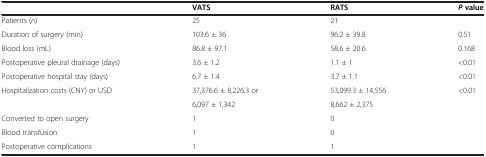
<table><thead><tr><td><b> </b></td><td><b>VATS</b></td><td><b>RATS</b></td><td><b><i>P </i>value</b></td></tr></thead><tbody><tr><td>Patients (<i>n</i>)</td><td>25</td><td>21</td><td> </td></tr><tr><td>Duration of surgery (min)</td><td>103.6 ± 36</td><td>96.2 ± 39.8</td><td>0.51</td></tr><tr><td>Blood loss (mL)</td><td>86.8 ± 97.1</td><td>58.6 ± 20.6</td><td>0.168</td></tr><tr><td>Postoperative pleural drainage (days)</td><td>3.6 ± 1.2</td><td>1.1 ± 1</td><td>&lt;0.01</td></tr><tr><td>Postoperative hospital stay (days)</td><td>6.7 ± 1.4</td><td>3.7 ± 1.1</td><td>&lt;0.01</td></tr><tr><td rowspan="2">Hospitalization costs (CNY) or USD</td><td>37,376.6 ± 8,226.3 or</td><td>53,099.3 ± 14,556</td><td rowspan="2">&lt;0.01</td></tr><tr><td>6,097 ± 1,342</td><td>8,662 ± 2,375</td></tr><tr><td>Converted to open surgery</td><td>1</td><td>0</td><td> </td></tr><tr><td>Blood transfusion</td><td>1</td><td>0</td><td> </td></tr><tr><td>Postoperative complications</td><td>1</td><td>1</td><td> </td></tr></tbody></table>